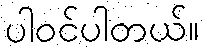
ပါဝင်ပါတယ်။